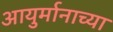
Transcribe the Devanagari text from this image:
आयुर्मानाच्या